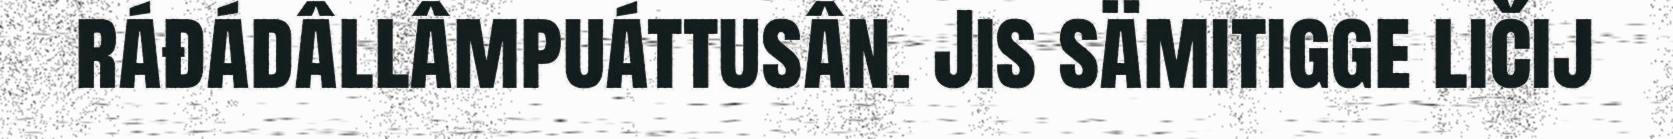
ráđádâllâmpuáttusân. Jis sämitigge ličij